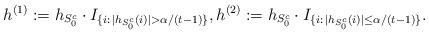
LaTeX: \begin{align*} h^{(1)}:=h_{S_0^c}\cdot I_{\{i:\,|h_{S_0^c}(i)|>\alpha/(t-1)\}}, h^{(2)}:=h_{S_0^c}\cdot I_{\{i:\,|h_{S_0^c}(i)|\leq\alpha/(t-1)\}} .\end{align*}